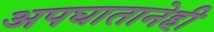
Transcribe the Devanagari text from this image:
अपघातानेही